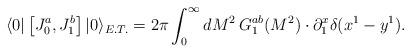
LaTeX: \begin{align*}\langle 0|\left[J^{a}_{0},J^{b}_{1}\right]|0\rangle_{E.T.}= 2\pi \int_{0}^{\infty}{dM^{2}\:G^{ab}_{1}(M^{2})}\cdot\partial^{x}_{1} \delta(x^{1}-y^{1}).\end{align*}